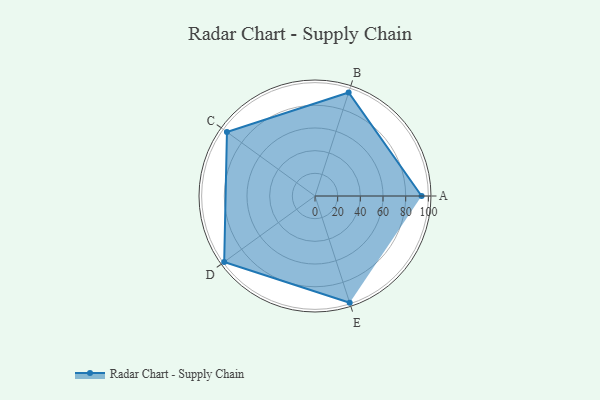
{"axis": {"x": "Skill", "y": "Score"}, "legend": ["Profile"], "data": [{"x": "A", "y": 94.0, "type": "Profile"}, {"x": "B", "y": 96.0, "type": "Profile"}, {"x": "C", "y": 96.0, "type": "Profile"}, {"x": "D", "y": 99.0, "type": "Profile"}, {"x": "E", "y": 99, "type": "Profile"}]}